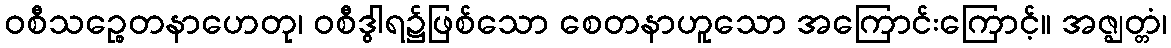
ဝစီသဉ္စေတနာဟေတု၊ ဝစီဒွါရ၌ဖြစ်သော စေတနာဟူသော အကြောင်းကြောင့်။ အဇ္ဈတ္တံ၊